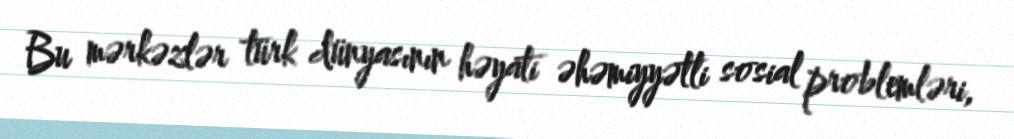
Bu mərkəzlər türk dünyasının həyati əhəmiyyətli sosial problemləri,